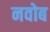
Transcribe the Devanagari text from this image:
नवोब